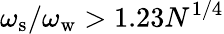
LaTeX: \omega_{\textrm{s}}/\omega_{\textrm{w}}>1.23N^{1/4}